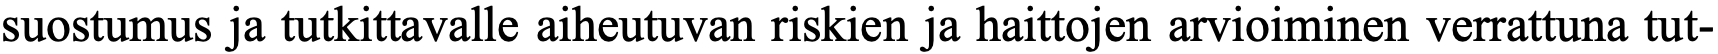
suostumus ja tutkittavalle aiheutuvan riskien ja haittojen arvioiminen verrattuna tut-